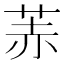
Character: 䓇